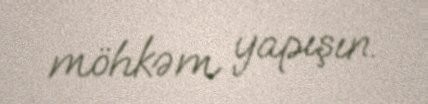
möhkəm yapışın.